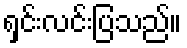
ရှင်းလင်းပြသည်။